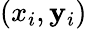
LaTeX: (x_{i},\mathbf{y}_{i})